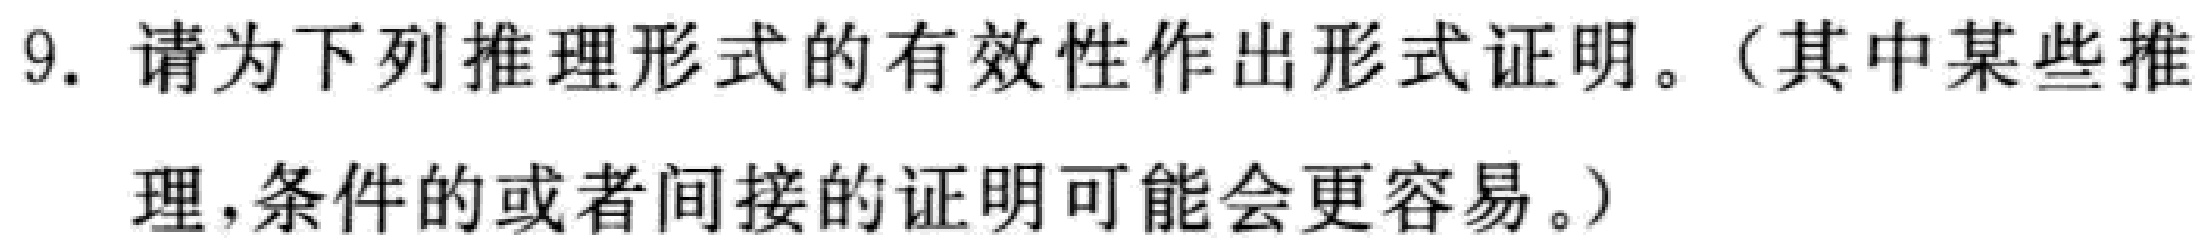
9. 请为下列推理形式的有效性作出形式证明。（其中某些推理，条件的或者间接的证明可能会更容易。）